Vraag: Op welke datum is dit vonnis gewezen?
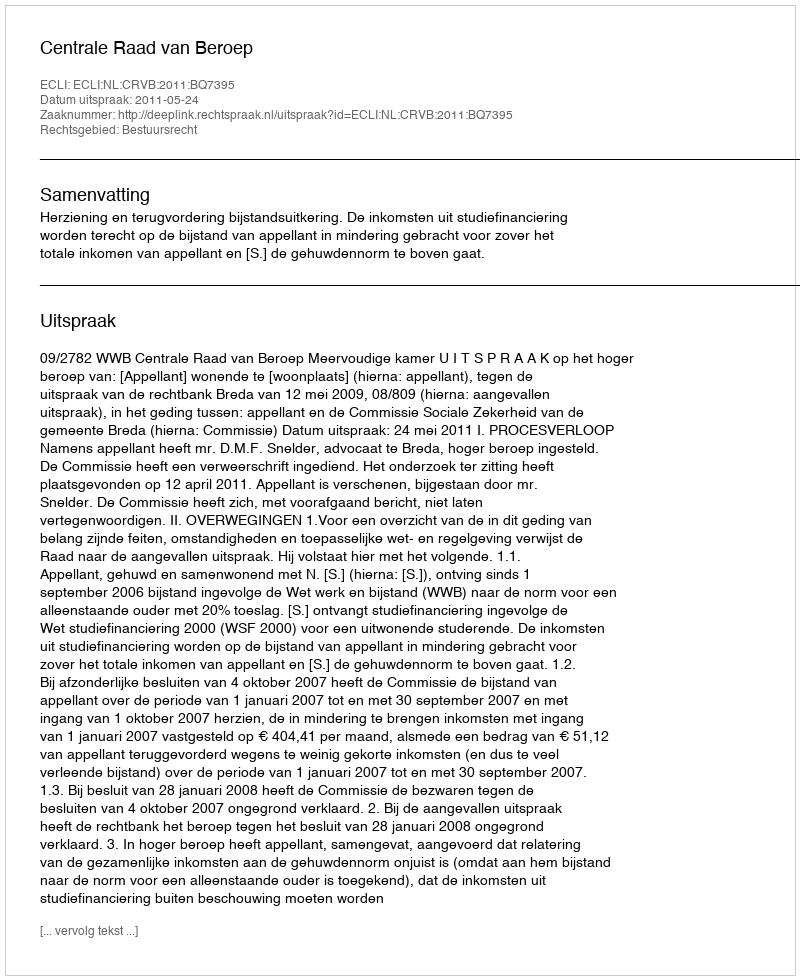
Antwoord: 2011-05-24